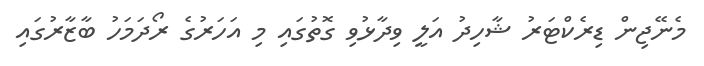
މެނޭޖިން ޑިރެކްޓަރު ޝާހިދު އަލީ ވިދާޅުވި ގޮތުގައި މި އަހަރުގެ ރޯދަމަހު ބާޒާރުގައި